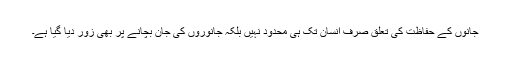
جانوں کے حفاظت کی تعلق صرف انسان تک ہی محدود نہیں بلکہ جانوروں کی جان بچانے پر بھی زور دیا گیا ہے۔